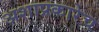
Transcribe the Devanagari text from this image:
अशाप्रकारेच